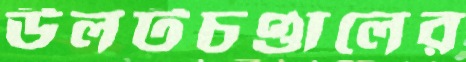
উলটচণ্ডালের